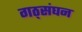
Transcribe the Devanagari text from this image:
गठ्संघन